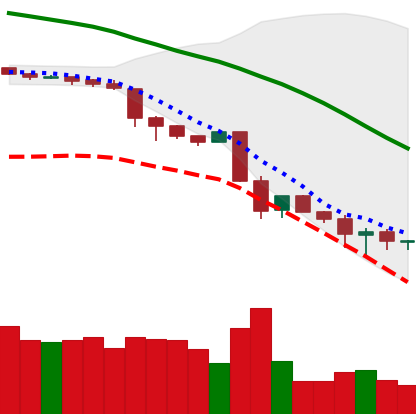
Ticker: BNB-USD
Chart end date: 2018-11-27
Forward return: 6.867%
Label: up_5_7